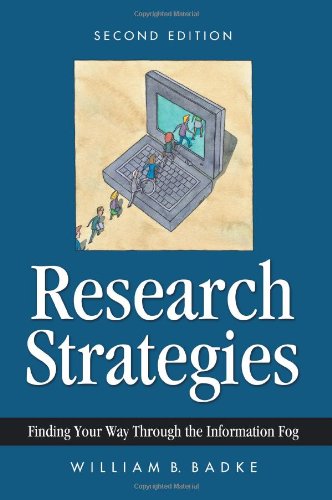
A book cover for Research Strategies: Finding Your Way Through the Information Fog; William Badke; Test Preparation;